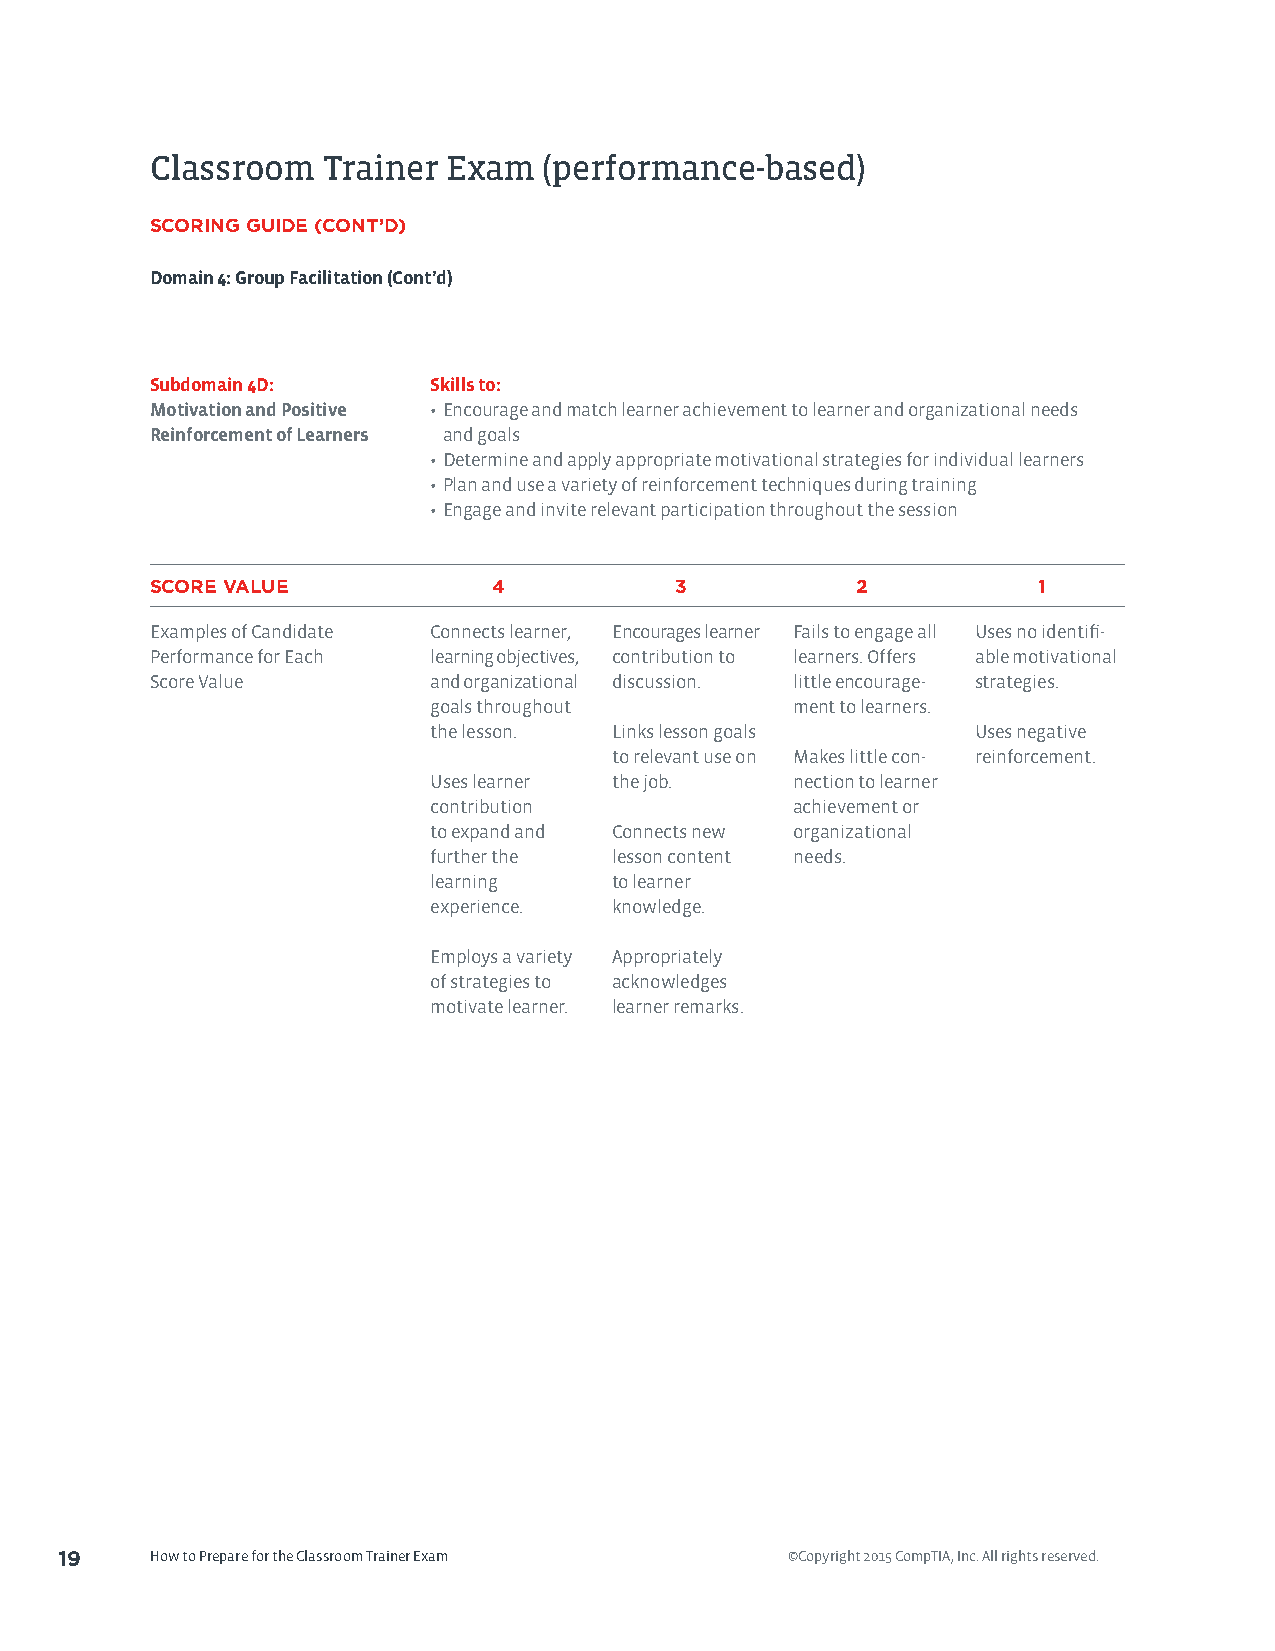
Classroom  Trainer  Exam  (performance-based)
 SCORING GUIDE (CONT’D)
 Domain 4: Group Facilitation (Cont’d)
 Subdomain 4D:      Skills to:
 Motivation and Positive • Encourage and match learner achievement to learner and organizational needs
 Reinforcement of Learners and goals
 • Determine and apply appropriate motivational strategies for individual learners
 • Plan and use a variety of reinforcement techniques during training
 • Engage and invite relevant participation throughout the session
 SCORE VALUE            4           3           2           1
 Examples of Candidate Connects learner, Encourages learner Fails to engage all Uses no identifi-
 Performance for Each learning objectives, contribution to learners. Offers able motivational
 Score Value        and organizational discussion. little encourage- strategies.
 goals throughout        ment to learners.
 the lesson. Links lesson goals      Uses negative
 to relevant use on Makes little con- reinforcement.
 Uses learner the job.   nection to learner
 contribution            achievement or
 to expand and Connects new organizational
 further the lesson content needs.
 learning    to learner
 experience. knowledge.
 Employs a variety Appropriately
 of strategies to acknowledges
 motivate learner. learner remarks.
 19    How to Prepare for the Classroom Trainer Exam ©Copyright 2015 CompTIA, Inc. All rights reserved.